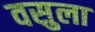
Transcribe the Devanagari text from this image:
वसुला